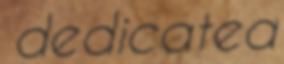
dedicated